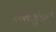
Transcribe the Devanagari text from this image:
दासमुंशी